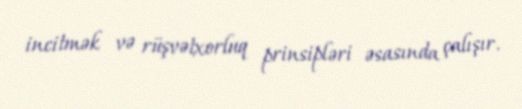
incitmək və rüşvətxorluq prinsipləri əsasında çalışır.